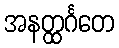
အနတ္ထင်္ဂတေ